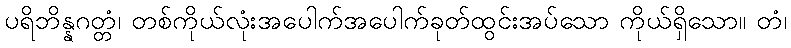
ပရိဘိန္နဂတ္တံ၊ တစ်ကိုယ်လုံးအပေါက်အပေါက်ခုတ်ထွင်းအပ်သော ကိုယ်ရှိသော။ တံ၊